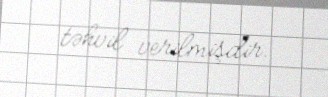
təhvil verilmişdir.